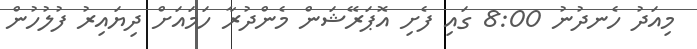
މިއަދު ހެނދުނު 8:00 ގައި ފެށި އޮޕަރޭޝަން މެންދުރާ ހަމައަށް ދިޔައިރު ފުލުހުން